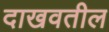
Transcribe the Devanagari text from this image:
दाखवतील